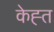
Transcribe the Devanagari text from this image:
केह्त